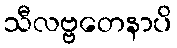
သီလဗ္ဗတေနာပိ